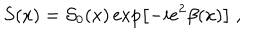
LaTeX: S ( x ) = { \cal S } _ { 0 } ( x ) \exp \left[ - i e ^ { 2 } \beta ( x ) \right] \; ,